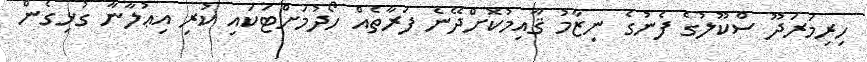
ހިރިމަރަދޫ ސްކޫލުގެ ފެނުގެ ނިޒާމު ޤާއިމުކޮށްދޭނެ ފަރާތެއް ހޯދުމަށްޓަކައި ކުރި އިޢުލާނާ ގުޅިގެން